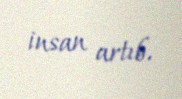
insan artıb.